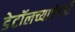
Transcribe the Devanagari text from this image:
डेटॉलच्याऐवजी